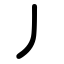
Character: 丿